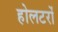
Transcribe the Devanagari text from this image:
होलटरों